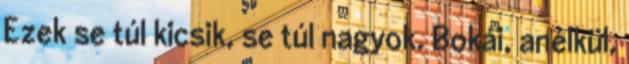
Ezek se túl kicsik, se túl nagyok. Bokái, anélkül,